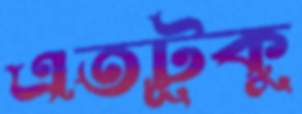
এতটূকু